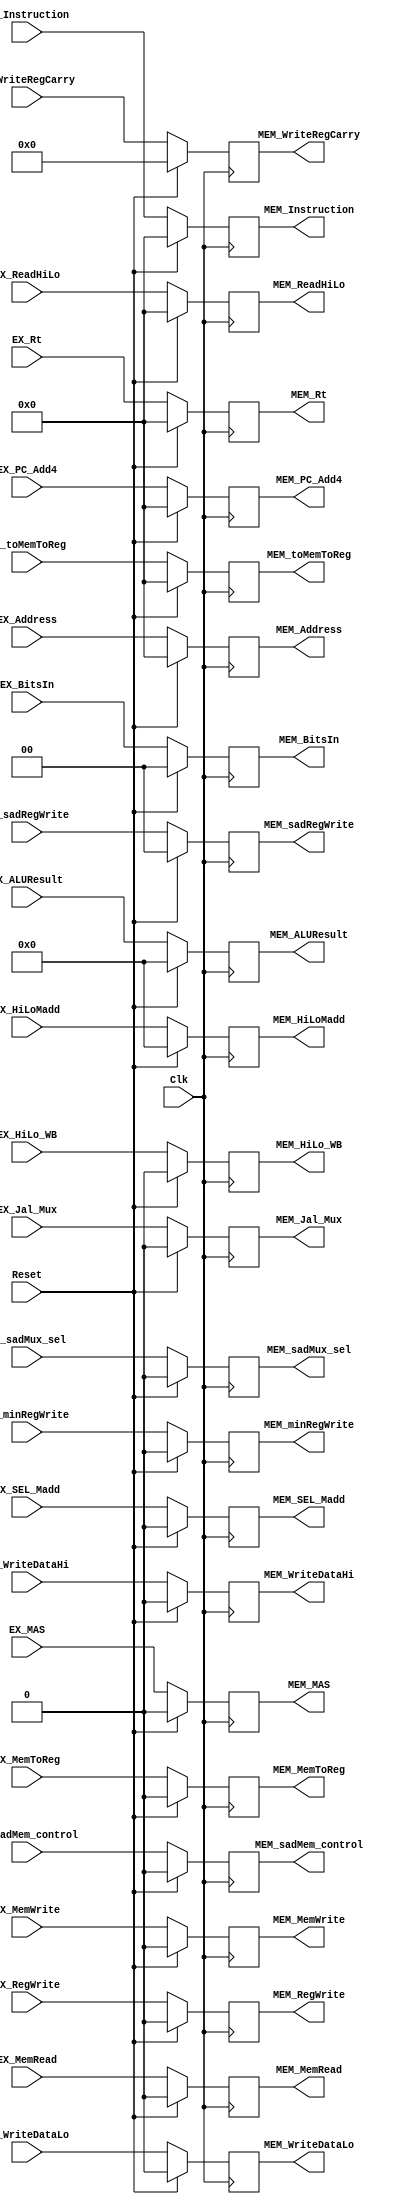
`timescale 1ns / 1ps
/*

Group Names
Alan Manuel Loreto Corndidez: 1/3 Effort
Haseeb Sarwar Irfan: 1/3 Effort
Chris W Bremser: 1/3 Effort

*/

module EX_MEM_piplineRegister(
    EX_Instruction,
    EX_PC_Add4,
    EX_Address,
    EX_toMemToReg,
    EX_Rt,
    EX_ALUResult,
    EX_HiLoMadd,
    EX_ReadHiLo,
    EX_WriteRegCarry,
    EX_sadRegWrite,

   // EX_WriteData,
   
    EX_MemWrite,
	EX_MemRead,
	EX_MAS,
	EX_MemToReg,
	EX_BitsIn,
	EX_Jal_Mux,
	EX_SEL_Madd,
	EX_HiLo_WB,
	EX_RegWrite,
	EX_WriteDataHi,
	EX_WriteDataLo,
	EX_sadMux_sel,
	EX_sadMem_control,
	EX_minRegWrite, 

    MEM_Instruction,
    MEM_PC_Add4,
    MEM_Address,
    MEM_toMemToReg,
    MEM_Rt,
    MEM_ALUResult,
    MEM_HiLoMadd,
    MEM_ReadHiLo,
    MEM_WriteRegCarry,
    MEM_sadRegWrite,
    //MEM_WriteData,
    
    MEM_MemWrite,
	MEM_MemRead,
	MEM_MAS,
	MEM_MemToReg,
	MEM_BitsIn,
	MEM_Jal_Mux,
	MEM_SEL_Madd,
	MEM_HiLo_WB,
    MEM_RegWrite,
    MEM_WriteDataHi,
    MEM_WriteDataLo,
    MEM_sadMux_sel,
	MEM_sadMem_control,
	MEM_minRegWrite,
    
    Clk, //Yes, the registers are clocked.
    Reset
    );

    input Clk;
    input Reset;
    input [31:0]EX_Instruction;
    input [31:0]EX_PC_Add4;
    input [31:0]EX_Address;
    input [31:0]EX_toMemToReg;
    input [31:0]EX_Rt; //changed to 31 form 4
    input [63:0]EX_ALUResult;
    input [63:0]EX_HiLoMadd;
    input [31:0]EX_ReadHiLo;
    input [4:0]EX_WriteRegCarry;
    input [1:0] EX_sadRegWrite;
    //input [31:0]MEM_WriteData;//this is going back
    
    input EX_MemWrite;
	input EX_MemRead;
	input EX_MAS;
	input EX_MemToReg;
	input [1:0]EX_BitsIn;
	input EX_Jal_Mux;
	input EX_SEL_Madd;
	input EX_HiLo_WB;
	input EX_RegWrite;
	input EX_WriteDataHi;
	input EX_WriteDataLo;
	input EX_sadMux_sel;
	input EX_sadMem_control;
	input EX_minRegWrite; 
    
    output reg [31:0]MEM_Instruction;
    output reg [31:0]MEM_PC_Add4;
    output reg [31:0]MEM_Address;
    output reg [31:0]MEM_toMemToReg;
    output reg [31:0]MEM_Rt;//changed to 31 form 4
    output reg [63:0]MEM_ALUResult;
    output reg [63:0]MEM_HiLoMadd;
    output reg [31:0]MEM_ReadHiLo;
    output reg [4:0]MEM_WriteRegCarry;
    output reg [1:0] MEM_sadRegWrite;
    //output reg [31:0]EX_WriteData;//this is going back
    
    output reg MEM_MemWrite;
	output reg MEM_MemRead;
	output reg MEM_MAS;
	output reg MEM_MemToReg;
	output reg [1:0]MEM_BitsIn;
	output reg MEM_Jal_Mux;
	output reg MEM_SEL_Madd;
	output reg MEM_HiLo_WB;
	output reg MEM_RegWrite;
	output reg MEM_WriteDataHi;
	output reg MEM_WriteDataLo;
	output reg MEM_sadMux_sel;
	output reg MEM_sadMem_control;
	output reg MEM_minRegWrite;

    always @(posedge Clk)
    begin
      
      
    if (Reset == 1) begin
    MEM_Instruction <= 0;
    MEM_PC_Add4 <= 0;
        MEM_Address <= 0;
        MEM_toMemToReg <= 0;
        MEM_Rt <= 0;
        MEM_ALUResult <= 0;
        MEM_HiLoMadd <= 0;
        MEM_ReadHiLo <= 0;
        //EX_WriteData <= MEM_WriteData;   
        MEM_MemWrite <= 0;
	    MEM_MemRead <= 0;
	    MEM_MAS <= 0;
        MEM_MemToReg <= 0;
        MEM_BitsIn <= 0;
        MEM_Jal_Mux <= 0;
	    MEM_SEL_Madd <= 0;
	    MEM_HiLo_WB <= 0;    
	    MEM_RegWrite <= 0;
	    MEM_WriteRegCarry <= 0;
        
        MEM_WriteDataHi <= 0;        
        MEM_WriteDataLo <= 0;
        MEM_sadMux_sel <= 0;
    	MEM_sadMem_control <= 0;
    	MEM_sadRegWrite <= 0;
    	MEM_minRegWrite <= 0; 
    end
    
    else begin
        MEM_Instruction <= EX_Instruction;
        MEM_PC_Add4 <= EX_PC_Add4;
        MEM_Address <= EX_Address;
        MEM_toMemToReg <= EX_toMemToReg;
        MEM_Rt <= EX_Rt;
        MEM_ALUResult <= EX_ALUResult;
        MEM_HiLoMadd <= EX_HiLoMadd;
        MEM_ReadHiLo <= EX_ReadHiLo;
        //EX_WriteData <= MEM_WriteData;   
        MEM_MemWrite <= EX_MemWrite;
	    MEM_MemRead <= EX_MemRead;
	    MEM_MAS <= EX_MAS;
        MEM_MemToReg <= EX_MemToReg;
        MEM_BitsIn <= EX_BitsIn;
        MEM_Jal_Mux <= EX_Jal_Mux;
	    MEM_SEL_Madd <= EX_SEL_Madd;
	    MEM_HiLo_WB <= EX_HiLo_WB;    
	    MEM_RegWrite <= EX_RegWrite;
	    MEM_WriteRegCarry <= EX_WriteRegCarry;
        
        MEM_WriteDataHi <= EX_WriteDataHi;        
        MEM_WriteDataLo <= EX_WriteDataLo;
        
        MEM_sadMux_sel <= EX_sadMux_sel;
	    MEM_sadMem_control <= EX_sadMem_control;
	    MEM_sadRegWrite <= EX_sadRegWrite;
	    MEM_minRegWrite <= EX_minRegWrite;
    end
    end
   /* //We want the writedata to behave like a short, so it will be inside an always block.
    always @(*)
    begin

    end
   */ 
endmodule